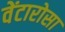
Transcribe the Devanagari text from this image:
वेंटारोसा